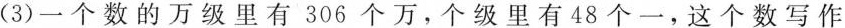
(3)一个数的万级里有306个万，个级里有48个一，这个数写作( )，读作( )。